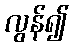
လွန်၍